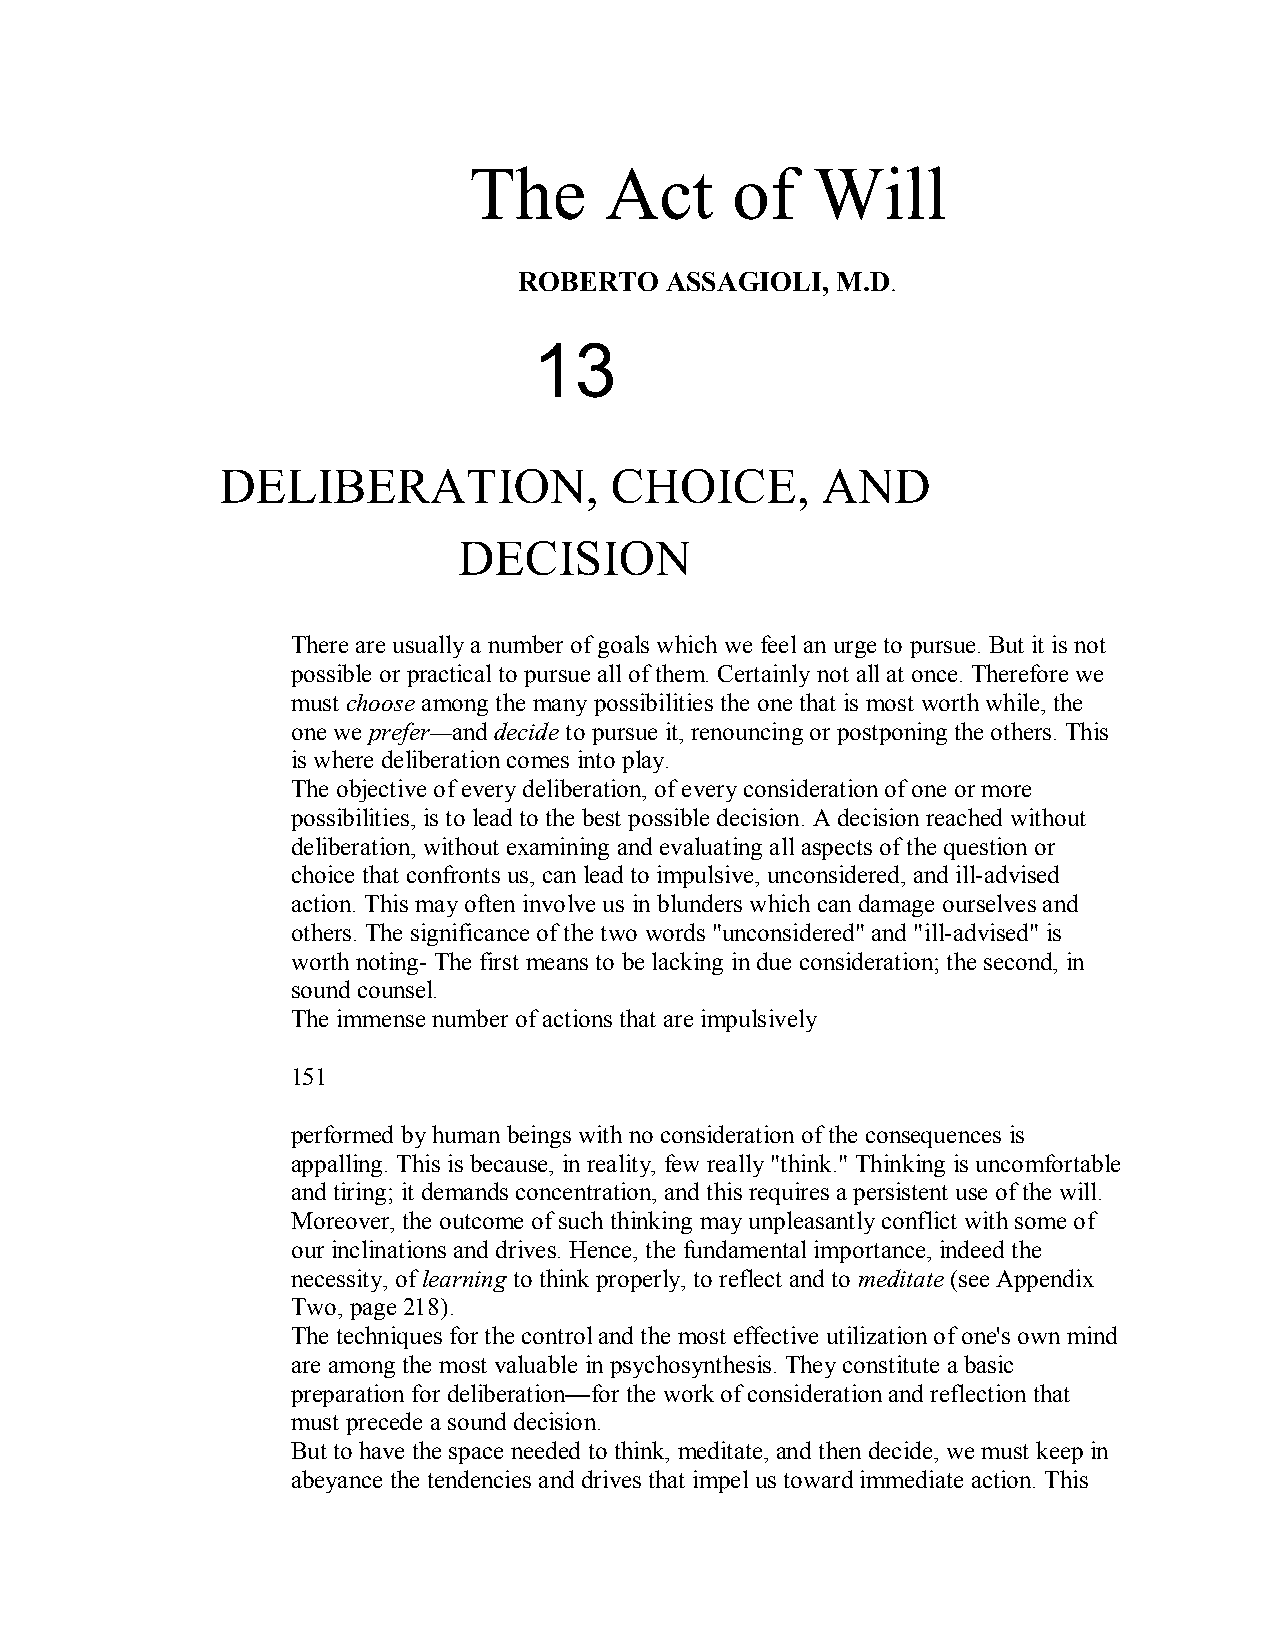
The      Act     of    Will
 ROBERTO   ASSAGIOLI, M.D.
 13
 DELIBERATION,            CHOICE,       AND
 DECISION
 There are usually a number of goals which we feel an urge to pursue. But it is not
 possible or practical to pursue all of them. Certainly not all at once. Therefore we
 must choose among the many possibilities the one that is most worth while, the
 one we prefer—and decide to pursue it, renouncing or postponing the others. This
 is where deliberation comes into play.
 The objective of every deliberation, of every consideration of one or more
 possibilities, is to lead to the best possible decision. A decision reached without
 deliberation, without examining and evaluating all aspects of the question or
 choice that confronts us, can lead to impulsive, unconsidered, and ill­advised
 action. This may often involve us in blunders which can damage ourselves and
 others. The significance of the two words "unconsidered" and "ill­advised" is
 worth noting­ The first means to be lacking in due consideration; the second, in
 sound counsel.
 The immense number of actions that are impulsively
 151
 performed by human beings with no consideration of the consequences is
 appalling. This is because, in reality, few really "think." Thinking is uncomfortable
 and tiring; it demands concentration, and this requires a persistent use of the will.
 Moreover, the outcome of such thinking may unpleasantly conflict with some of
 our inclinations and drives. Hence, the fundamental importance, indeed the
 necessity, oflearning to think properly, to reflect and to meditate(see Appendix
 Two, page 218).
 The techniques for the control and the most effective utilization of one's own mind
 are among the most valuable in psychosynthesis. They constitute a basic
 preparation for deliberation—for the work of consideration and reflection that
 must precede a sound decision.
 But to have the space needed to think, meditate, and then decide, we must keep in
 abeyance the tendencies and drives that impel us toward immediate action. This